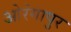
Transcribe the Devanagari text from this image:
ओरंगापुर